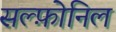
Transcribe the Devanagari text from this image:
सल्फ़ोनिल